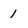
Character: 1